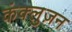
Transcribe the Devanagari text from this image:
कंक्लुज़न